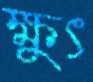
ক্ষুৎ